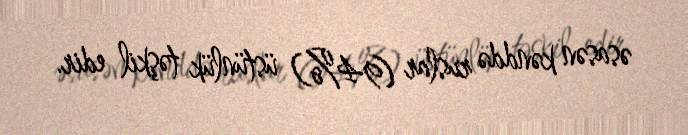
əsasən kənddə ruslar (94%) üstünlük təşkil edir.